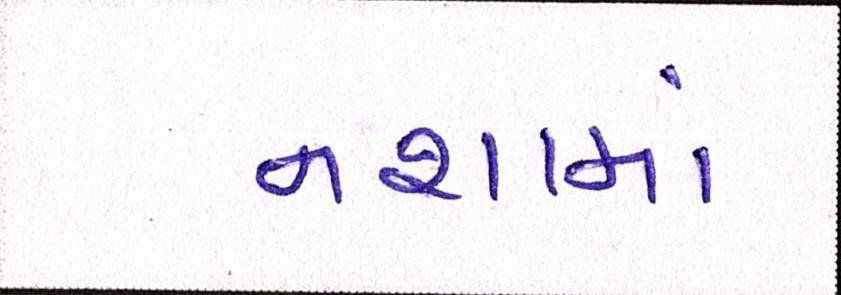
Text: નશામાં